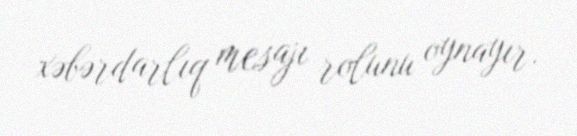
xəbərdarlıq mesajı rolunu oynayır.